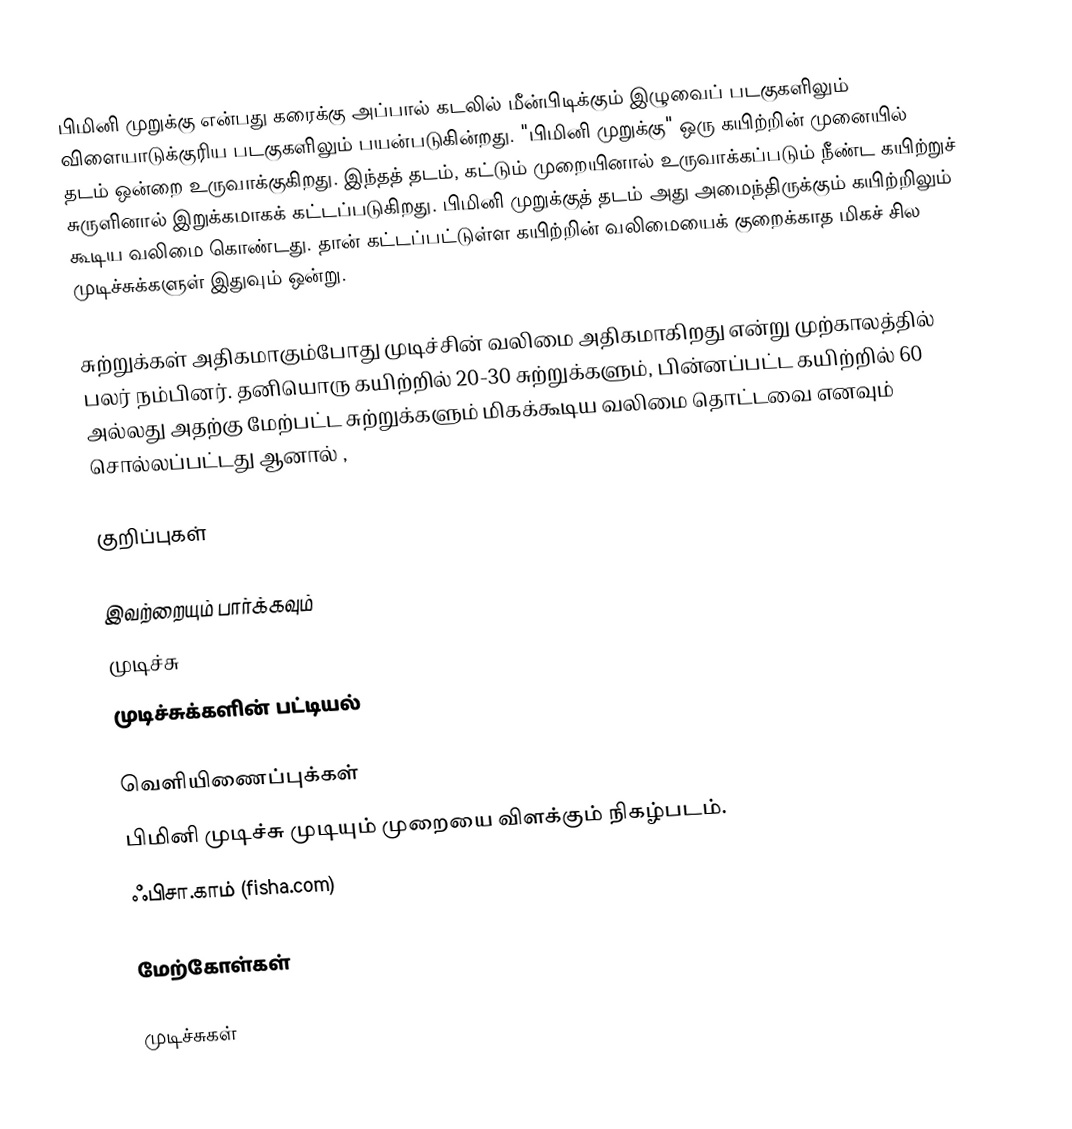
பிமினி முறுக்கு என்பது கரைக்கு அப்பால் கடலில் மீன்பிடிக்கும் இழுவைப் படகுகளிலும் விளையாடுக்குரிய படகுகளிலும் பயன்படுகின்றது. "பிமினி முறுக்கு" ஒரு கயிற்றின் முனையில் தடம் ஒன்றை உருவாக்குகிறது. இந்தத் தடம், கட்டும் முறையினால் உருவாக்கப்படும் நீண்ட கயிற்றுச் சுருளினால் இறுக்கமாகக் கட்டப்படுகிறது. பிமினி முறுக்குத் தடம் அது அமைந்திருக்கும் கயிற்றிலும் கூடிய வலிமை கொண்டது. தான் கட்டப்பட்டுள்ள கயிற்றின் வலிமையைக் குறைக்காத மிகச் சில முடிச்சுக்களுள் இதுவும் ஒன்று.

சுற்றுக்கள் அதிகமாகும்போது முடிச்சின் வலிமை அதிகமாகிறது என்று முற்காலத்தில் பலர் நம்பினர். தனியொரு கயிற்றில் 20-30 சுற்றுக்களும், பின்னப்பட்ட கயிற்றில் 60 அல்லது அதற்கு மேற்பட்ட சுற்றுக்களும் மிகக்கூடிய வலிமை தொட்டவை எனவும் சொல்லப்பட்டது ஆனால் ,

குறிப்புகள்

இவற்றையும் பார்க்கவும்
 முடிச்சு
 முடிச்சுக்களின் பட்டியல்

வெளியிணைப்புக்கள்
 பிமினி முடிச்சு முடியும் முறையை விளக்கும் நிகழ்படம்.
 ஃபிசா.காம் (fisha.com)

மேற்கோள்கள்

முடிச்சுகள்